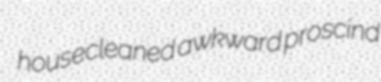
housecleaned awkward proscind